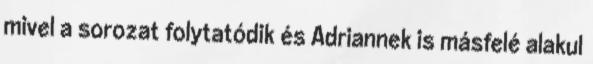
mivel a sorozat folytatódik és Adriannek is másfelé alakul